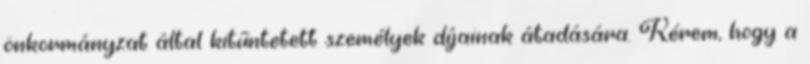
önkormányzat által kitűntetett személyek díjainak átadására. Kérem, hogy a